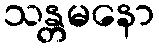
သန္တမနော